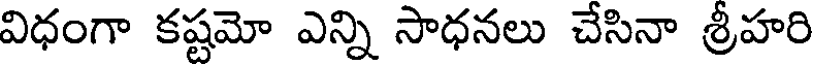
విధంగా కష్టమో ఎన్ని సాధనలు చేసినా శ్రీహరి